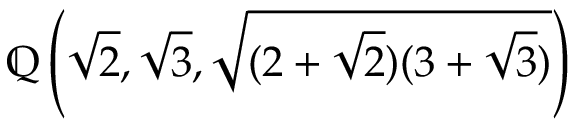
\mathbb { Q } \left( { \sqrt { 2 } } , { \sqrt { 3 } } , { \sqrt { ( 2 + { \sqrt { 2 } } ) ( 3 + { \sqrt { 3 } } ) } } \right)